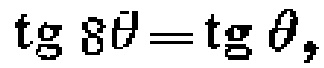
\(\operatorname{tg} 8\theta=\operatorname{tg} \theta\)